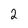
Character: 2